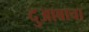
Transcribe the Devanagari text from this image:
दुआबाचा